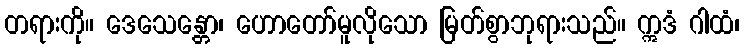
တရားကို။ ဒေသေန္တော၊ ဟောတော်မူလိုသော မြတ်စွာဘုရားသည်။ ဣဒံ ဂါထံ၊